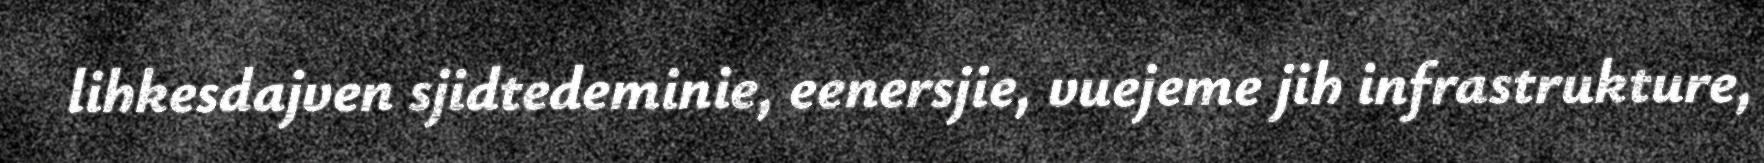
lihkesdajven sjidtedeminie, eenersjie, vuejeme jih infrastrukture,